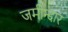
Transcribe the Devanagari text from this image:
जमीन्दार